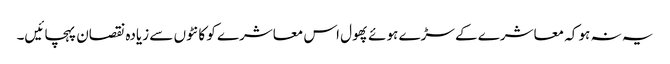
یہ نہ ہو کہ معاشرے کے سڑے ہوئے پھول اس معاشرے کو کانٹوں سے زیادہ نقصان پہچائیں۔